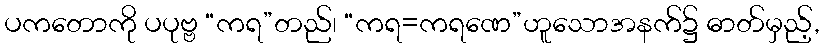
ပကတောကို ပပုဗ္ဗ “ကရ”တည်၊ “ကရ=ကရဏေ”ဟူသောအနက်၌ ဓာတ်မှည့်,